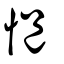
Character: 悒